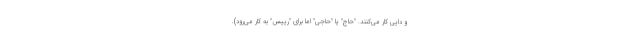
و دایی کار می‌کنند. "حاج" یا "حاجی" اما برای "رییس" به کار می‌رود).